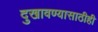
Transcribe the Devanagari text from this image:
दुखावण्यासाठीही